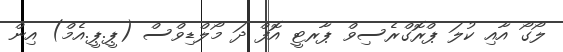
ލޯގޯ އާއި ކުލަ ޕްރޮގްރެސިވް ޕާރޓީ އޮފް ދަ މޯލްޑިވްސް (ޕީ.ޕީ.އެމް) އިން